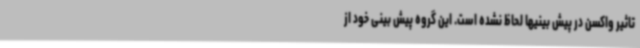
تاثیر واکسن در پیش بینیها لحاظ نشده است. این گروه پیش بینی خود از